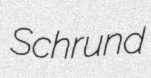
Schrund